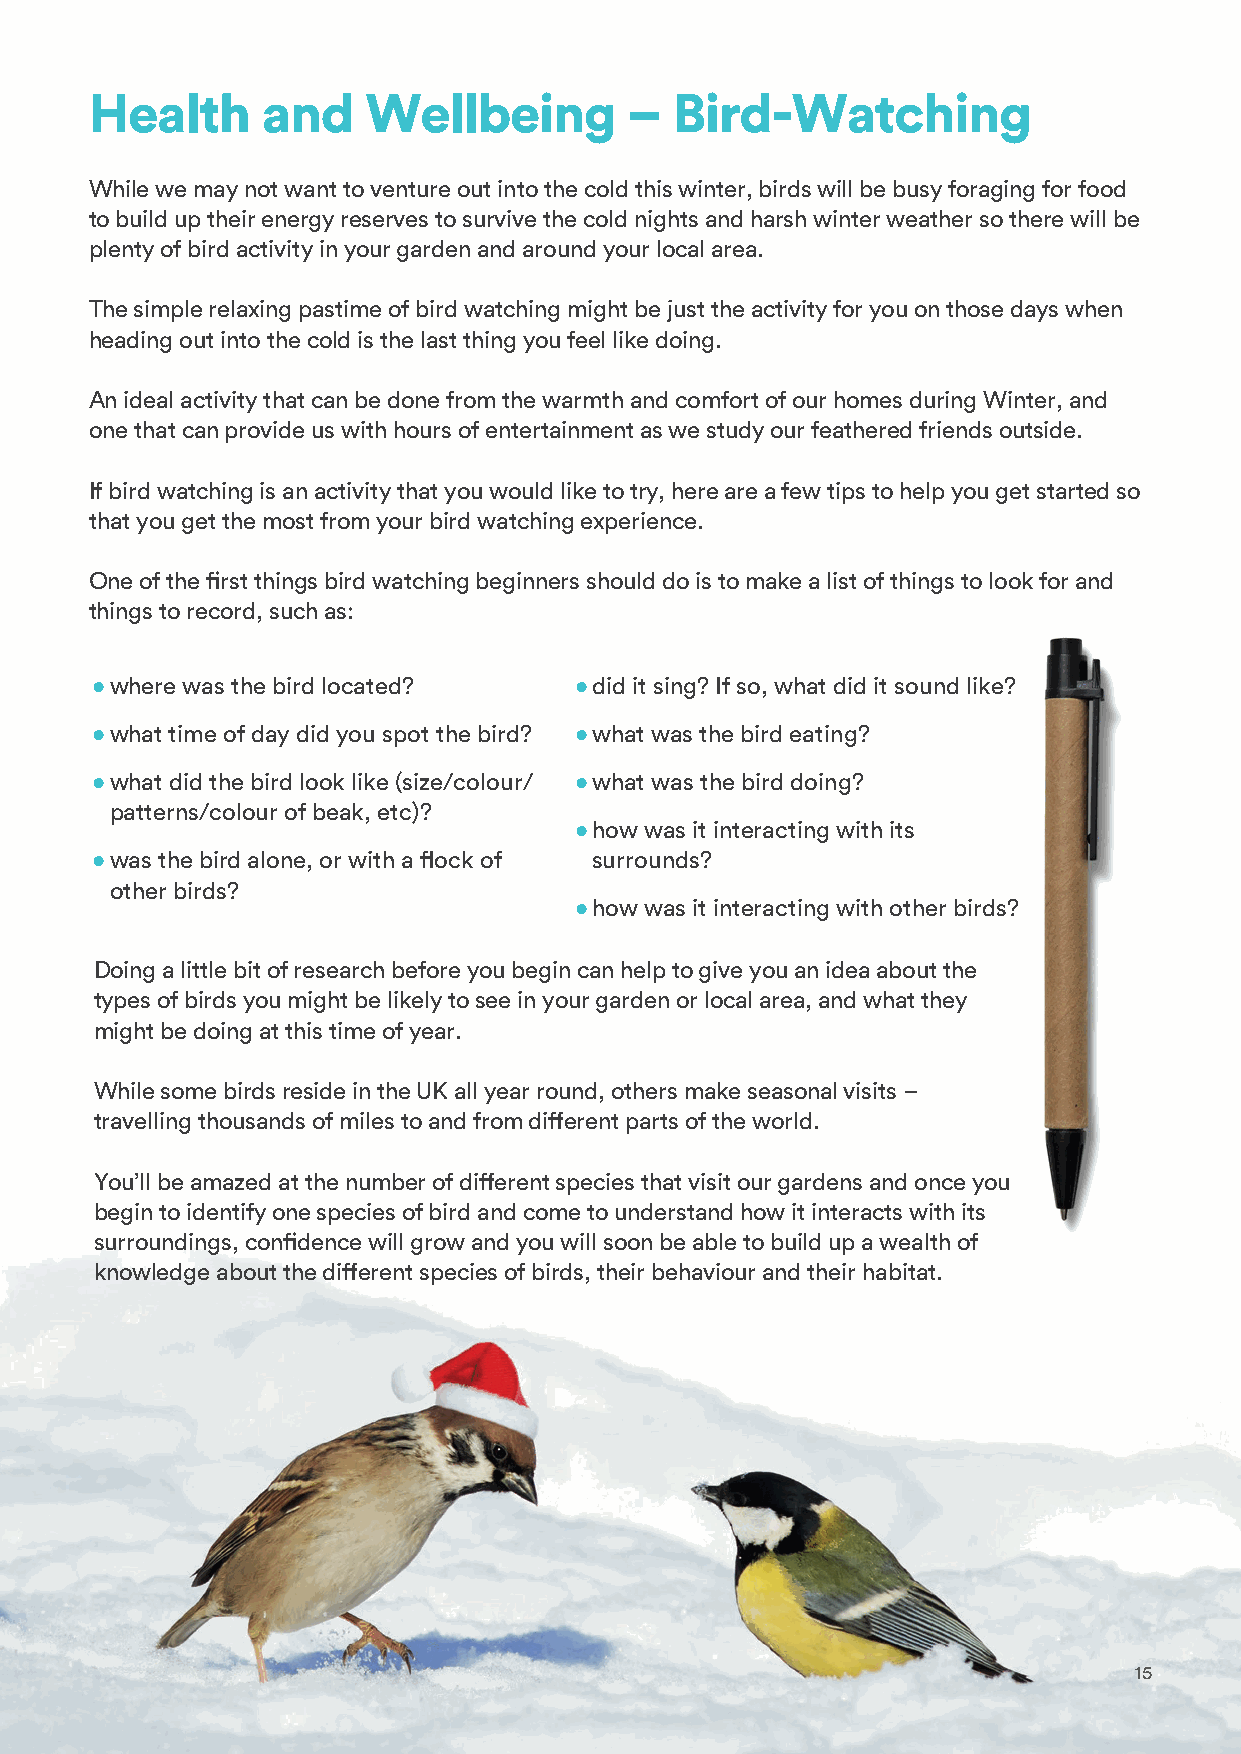
Health     and    Wellbeing         – Bird-Watching
 While we may not want to venture out into the cold this winter, birds will be busy foraging for food
 to build up their energy reserves to survive the cold nights and harsh winter weather so there will be
 plenty of bird activity in your garden and around your local area.
 The simple relaxing pastime of bird watching might be just the activity for you on those days when
 heading out into the cold is the last thing you feel like doing.
 An ideal activity that can be done from the warmth and comfort of our homes during Winter, and
 one that can provide us with hours of entertainment as we study our feathered friends outside.
 If bird watching is an activity that you would like to try, here are a few tips to help you get started so
 that you get the most from your bird watching experience.
 One of the first things bird watching beginners should do is to make a list of things to look for and
 things to record, such as:
 • where was the bird located?   • did it sing? If so, what did it sound like?
 • what time of day did you spot the bird? • what was the bird eating?
 • what did the bird look like (size/colour/ • what was the bird doing?
 patterns/colour of beak, etc)?
 • how was it interacting with its
 • was the bird alone, or with a flock of surrounds?
 other birds?
 • how was it interacting with other birds?
 Doing a little bit of research before you begin can help to give you an idea about the
 types of birds you might be likely to see in your garden or local area, and what they
 might be doing at this time of year.
 While some birds reside in the UK all year round, others make seasonal visits –
 travelling thousands of miles to and from different parts of the world.
 You’ll be amazed at the number of different species that visit our gardens and once you
 begin to identify one species of bird and come to understand how it interacts with its
 surroundings, confidence will grow and you will soon be able to build up a wealth of
 knowledge about the different species of birds, their behaviour and their habitat.
 15
 15